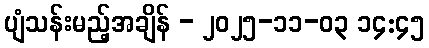
ပျံသန်းမည့်အချိန် - ၂၀၂၅-၁၁-၀၃ ၁၄:၄၅